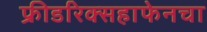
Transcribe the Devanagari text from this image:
फ्रीडरिक्सहाफेनचा